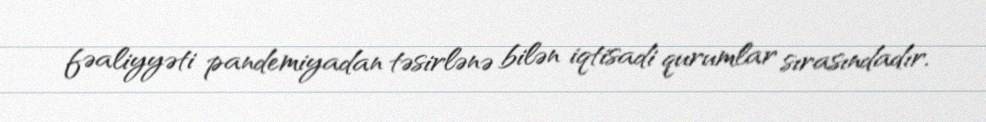
fəaliyyəti pandemiyadan təsirlənə bilən iqtisadi qurumlar sırasındadır.